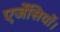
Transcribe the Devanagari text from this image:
एजेंसियों।